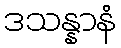
ဒသန္နာနံ